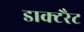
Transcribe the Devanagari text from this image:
डाक्टरैट